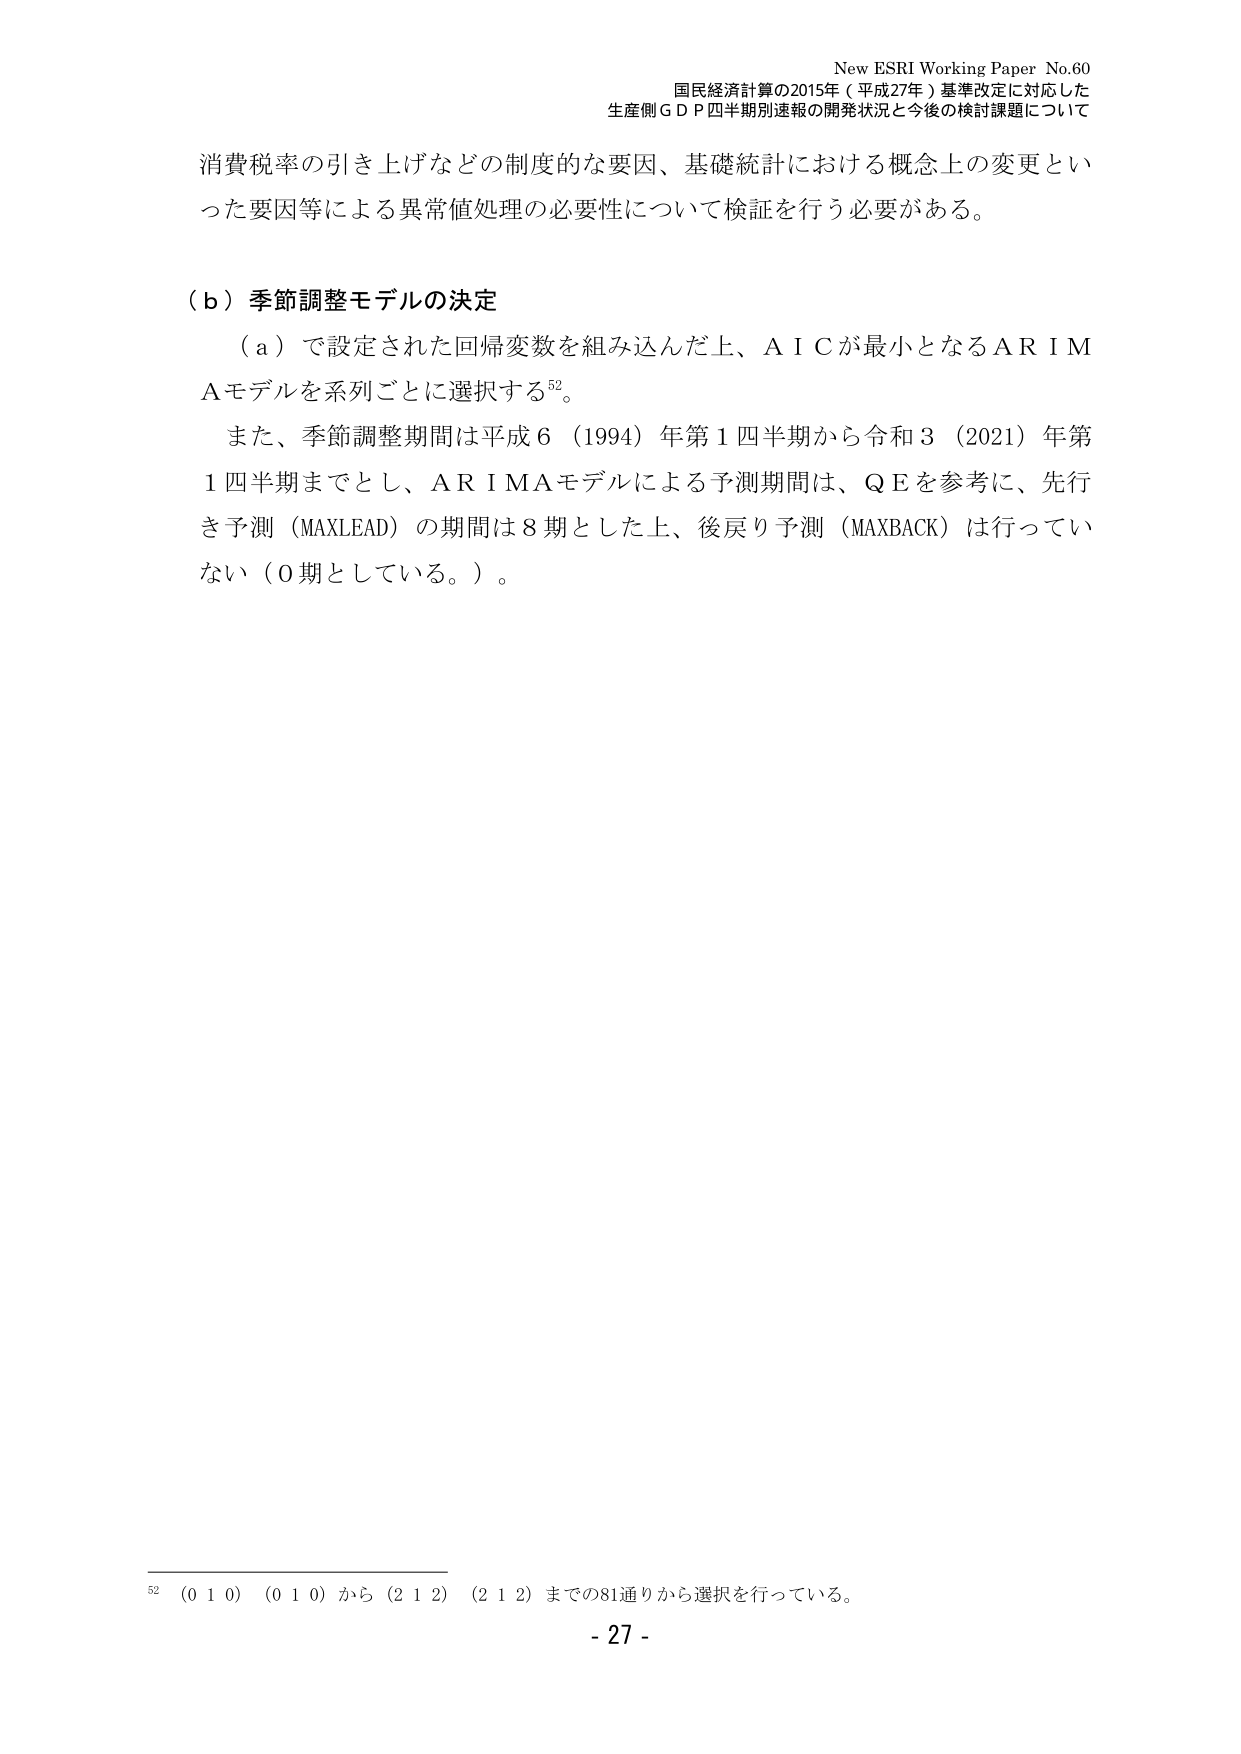
New ESRI Working Paper No.60
国民経済計算の2015年（平成27年）基準改定に対応した
生産側ＧＤＰ四半期別速報の開発状況と今後の検討課題について

消費税率の引き上げなどの制度的な要因、基礎統計における概念上の変更といった要因等による異常値処理の必要性について検証を行う必要がある。

（ｂ）季節調整モデルの決定
　（ａ）で設定された回帰変数を組み込んだ上、ＡＩＣが最小となるＡＲＩＭＡモデルを系列ごとに選択する⁵²。
　また、季節調整期間は平成６（1994）年第１四半期から令和３（2021）年第１四半期までとし、ＡＲＩＭＡモデルによる予測期間は、ＱＥを参考に、先行き予測（ＭＡＸＬＥＡＤ）の期間は８期とした上、後戻り予測（ＭＡＸＢＡＣＫ）は行っていない（０期としている。）。

⁵² （０１０）（０１０）から（２１２）（２１２）までの81通りから選択を行っている。
- 27 -